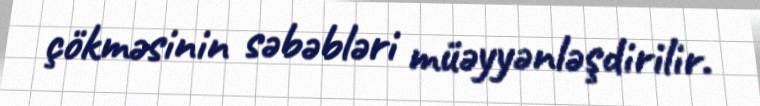
çökməsinin səbəbləri müəyyənləşdirilir.